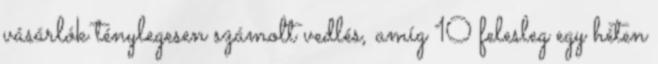
vásárlók ténylegesen számolt vedlés, amíg 10 felesleg egy héten